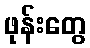
ဖုန်းတွေ